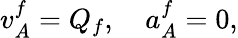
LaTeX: v_{A}^{f}=Q_{f},\quad a_{A}^{f}=0,